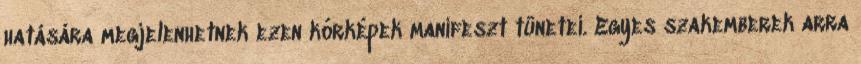
hatására megjelenhetnek ezen kórképek manifeszt tünetei. Egyes szakemberek arra